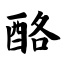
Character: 酪